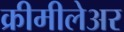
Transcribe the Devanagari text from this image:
क्रीमीलेअर